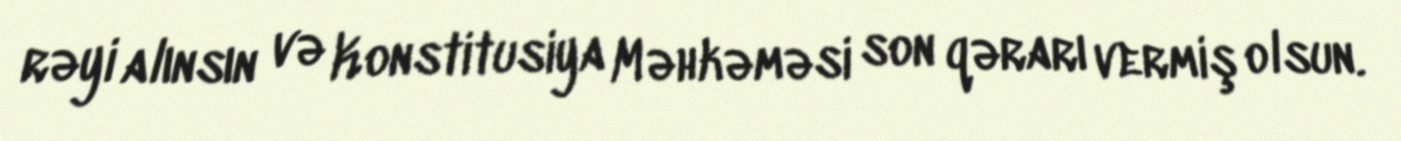
rəyi alınsın və Konstitusiya Məhkəməsi son qərarı vermiş olsun.